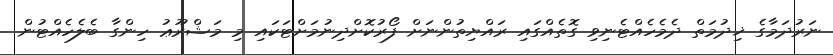
ނަރުދަމާގެ ޚިދުމަތް ދެމެހެއްޓެނިވި ގޮތެއްގައި ރައްޔިތުންނަށް ފޯރުކޮށްދިނުމަށްޓަކައި މި މަޝްރޫޢު ހިންގާ ބެލެހެއްޓުން